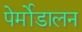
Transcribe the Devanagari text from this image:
पेर्मोडालन